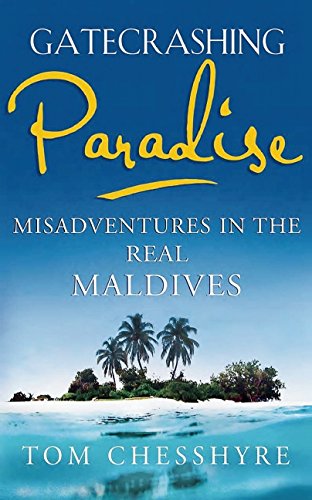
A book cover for Gatecrashing Paradise: Misadventures in the Real Maldives; Tom Chesshyre; Travel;